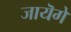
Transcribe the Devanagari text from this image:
जायॆगे